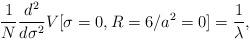
LaTeX: \begin{align*}\frac{1}{N} \frac{d^2}{d\sigma^2} V [\sigma =0, R=6/a^2=0]= \frac{1}{\lambda},\end{align*}